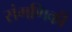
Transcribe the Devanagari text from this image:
संगणिकी